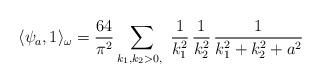
LaTeX: \begin{align*} \langle\psi_a,1\rangle_\omega = \frac{64}{\pi^2} \sum_{k_1,k_2>0,\ } \frac{1}{k^2_1}\,\frac{1}{k^2_2}\,\frac{1}{k^2_1+k^2_2+a^2} \end{align*}